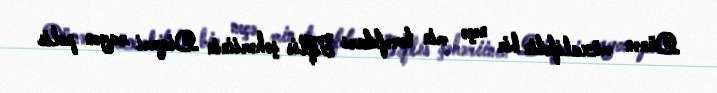
Dünən müxalifətin bir neçə min tərəfdarı Tiflis şəhəriinin Diqomi rayon polis